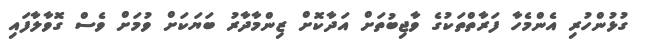
ގުޅުންހުރި އެންމެހާ ފަރާތްތަކުގެ ވާޖިބުތަށް އަދާކޮށް ޒިންމާދާރު ބަޔަކަށް ވުމަށް ވެސް ގޮވާލާފައި